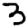
Digit: 3